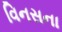
વિનસના